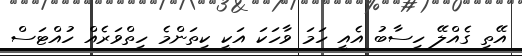
އޭތި ގެއްލޭ ހިސާބު އެއީ ހަމަ ވާހަކަ އަކީ ކިތަންމެ ހިތްވަރެއް ހުއްޓަސް